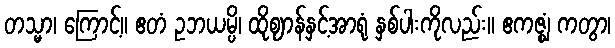
တသ္မာ၊ ကြောင့်။ ဧတံ ဥဘယမ္ပိ၊ ထိုဈာန်နှင့်အာရုံ နှစ်ပါးကိုလည်း။ ဧကဇ္ဈံ ကတွာ၊